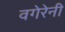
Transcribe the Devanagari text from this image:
वगेरेनी